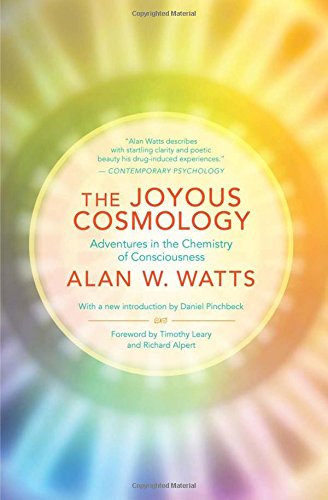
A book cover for The Joyous Cosmology: Adventures in the Chemistry of Consciousness; Alan Watts; Religion & Spirituality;